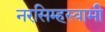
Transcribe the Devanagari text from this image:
नरसिम्हस्वामी